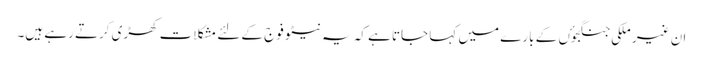
ان غیر ملکی جنگجوٴں کے بارے میں کہا جاتا ہے کہ یہ نیٹو فوج کے لئے مشکلات کھڑی کرتے رہے ہیں۔